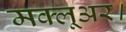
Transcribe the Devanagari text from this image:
मक्लूअर।